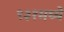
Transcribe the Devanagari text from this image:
९३१मध्ये